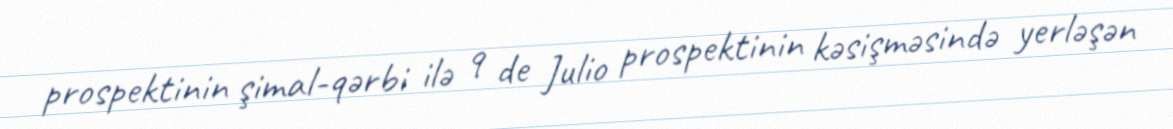
prospektinin şimal-qərbi ilə 9 de Julio prospektinin kəsişməsində yerləşən